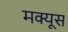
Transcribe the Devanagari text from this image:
मक्यूस